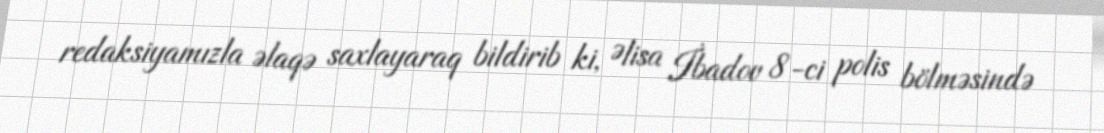
redaksiyamızla əlaqə saxlayaraq bildirib ki, Əlisa İbadov 8-ci polis bölməsində